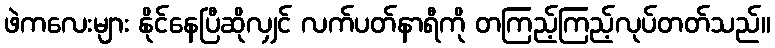
ဖဲကလေးများ နိုင်နေပြီဆိုလျှင် လက်ပတ်နာရီကို တကြည့်ကြည့်လုပ်တတ်သည်။